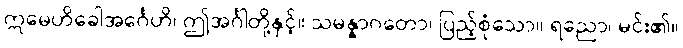
ဣမေဟိခေါအင်္ဂေဟိ၊ ဤအင်္ဂါတို့နှင့်။ သမန္နာဂတော၊ ပြည့်စုံသော။ ရညော၊ မင်း၏။